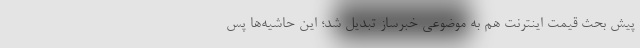
پیش بحث قیمت اینترنت هم به موضوعی خبرساز تبدیل شد؛ این حاشیه‌ها پس